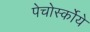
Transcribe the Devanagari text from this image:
पेचोर्स्कोये